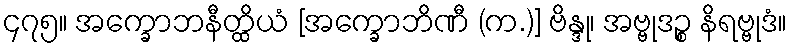
၄၇၅။ အက္ခောဘနီတ္ထိယံ [အက္ခောဘိဏီ (က.)] ဗိန္ဒု၊ အဗ္ဗုဒဉ္စ နိရဗ္ဗုဒံ။